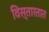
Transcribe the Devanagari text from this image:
विस्तारतात